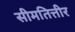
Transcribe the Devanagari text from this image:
सीमतित्तीर